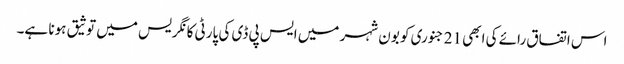
اس اتفاق رائے کی ابھی 21 جنوری کو بون شہر میں ایس پی ڈی کی پارٹی کانگریس میں توثیق ہونا ہے۔